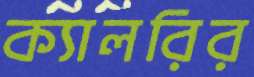
ক্যালরির